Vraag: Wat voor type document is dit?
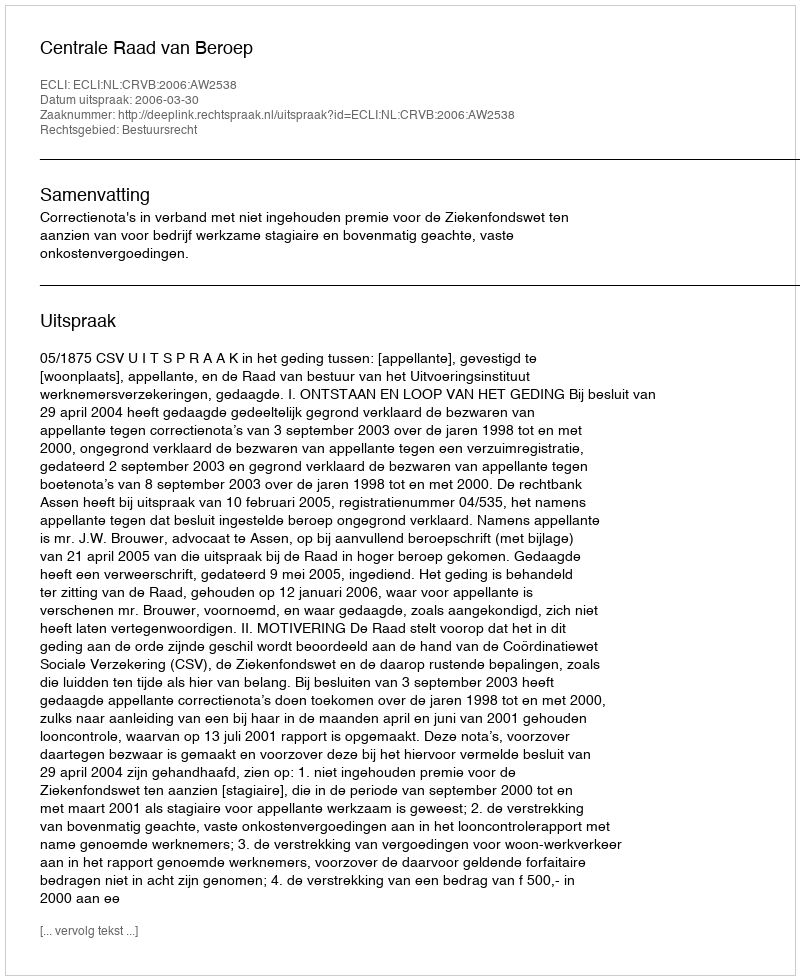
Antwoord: Uitspraak